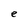
Character: e